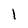
Character: i